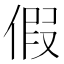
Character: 假